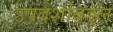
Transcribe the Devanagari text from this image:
उपदेशांबद्दल